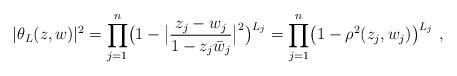
LaTeX: \begin{align*} |\theta_L(z,w)|^2=\prod_{j=1}^n \bigl(1-\bigl|\frac{z_j-w_j}{1-z_j\bar w_j}\bigr|^2\bigr)^{L_j} =\prod_{j=1}^n \bigl(1-\rho^2(z_j,w_j)\bigr)^{L_j}\ ,\end{align*}